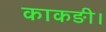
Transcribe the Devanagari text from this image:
काकङी।